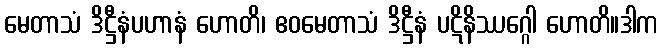
မေတာသံ ဒိဋ္ဌီနံပဟာနံ ဟောတိ၊ ဧဝမေတာသံ ဒိဋ္ဌီနံ ပဋိနိဿဂ္ဂေါ ဟောတိ။ဒါက